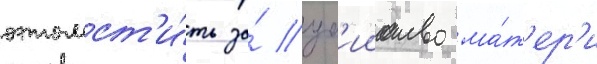
отомст'и́ть за́ уб'ииство ма́т'ер'и